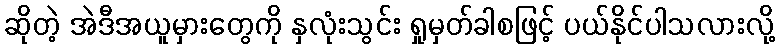
ဆိုတဲ့ အဲဒီအယူမှားတွေကို နှလုံးသွင်း ရှုမှတ်ခါစဖြင့် ပယ်နိုင်ပါသလားလို့